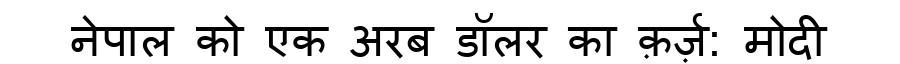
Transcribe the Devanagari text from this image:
नेपाल को एक अरब डॉलर का क़र्ज़: मोदी